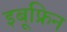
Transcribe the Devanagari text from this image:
इबूफ्रिन